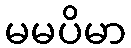
မမပိမာ